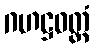
ဂဟဋ္ဌဝတ္တံ